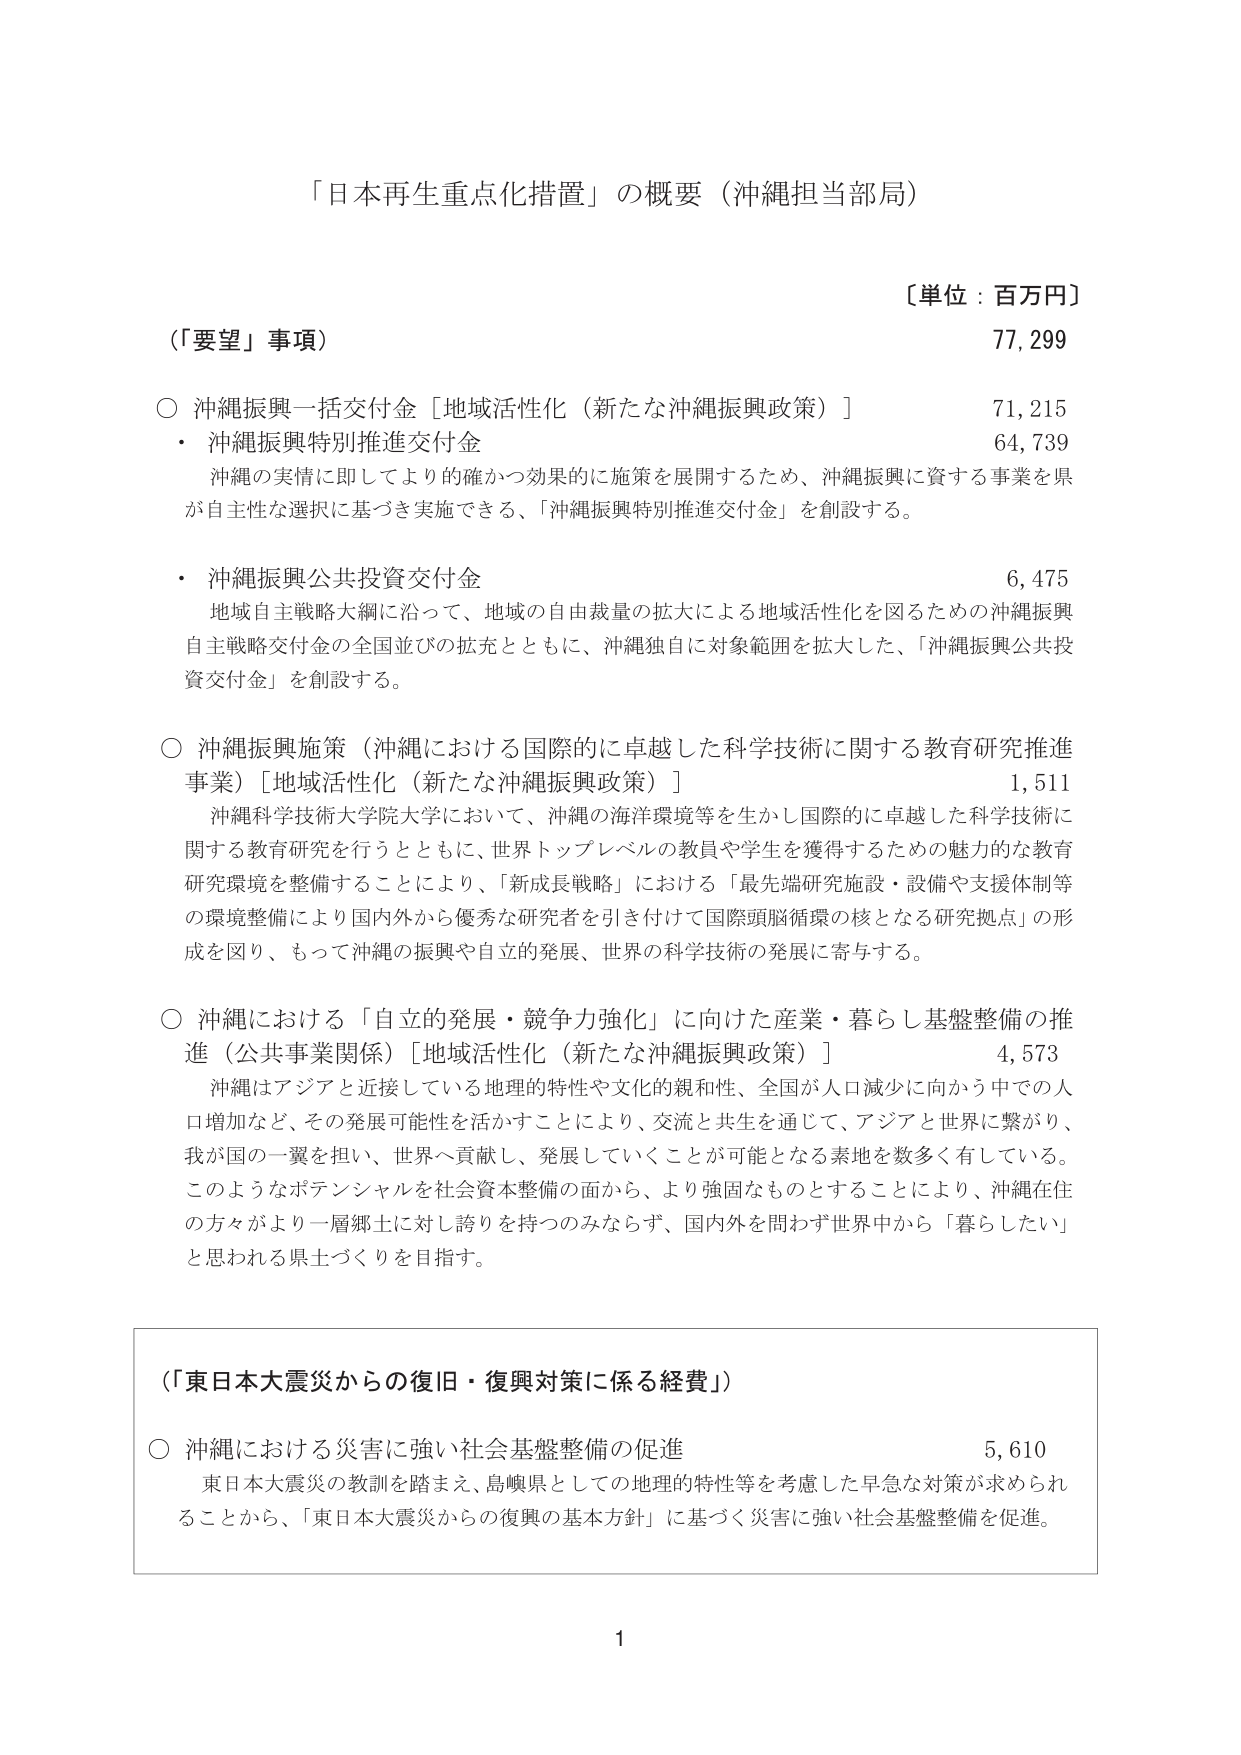
「日本再生重点化措置」の概要（沖縄担当部局）

〔単位：百万円〕

（「要望」事項） 77,299

○ 沖縄振興一括交付金［地域活性化（新たな沖縄振興政策）］ 71,215
・ 沖縄振興特別推進交付金 64,739
　沖縄の実情に即してより的確かつ効果的に施策を展開するため、沖縄振興に資する事業を県が自主性な選択に基づき実施できる、「沖縄振興特別推進交付金」を創設する。

・ 沖縄振興公共投資交付金 6,475
　地域自主戦略大綱に沿って、地域の自由裁量の拡大による地域活性化を図るための沖縄振興自主戦略交付金の全国並びの拡充とともに、沖縄独自に対象範囲を拡大した、「沖縄振興公共投資交付金」を創設する。

○ 沖縄振興施策（沖縄における国際的に卓越した科学技術に関する教育研究推進事業）［地域活性化（新たな沖縄振興政策）］ 1,511
　沖縄科学技術大学院大学において、沖縄の海洋環境等を生かし国際的に卓越した科学技術に関する教育研究を行うとともに、世界トップレベルの教員や学生を獲得するための魅力的な教育研究環境を整備することにより、「新成長戦略」における「最先端研究施設・設備や支援体制等の環境整備により国内外から優秀な研究者を引き付けて国際頭脳循環の核となる研究拠点」の形成を図り、もって沖縄の振興や自立的発展、世界の科学技術の発展に寄与する。

○ 沖縄における「自立的発展・競争力強化」に向けた産業・暮らし基盤整備の推進（公共事業関係）［地域活性化（新たな沖縄振興政策）］ 4,573
　沖縄はアジアと近接している地理的特性や文化的親和性、全国が人口減少に向かう中での人口増加など、その発展可能性を活かすことにより、交流と共生を通じて、アジアと世界に繋がり、我が国の一翼を担い、世界へ貢献し、発展していくことが可能となる素地を数多く有している。このようなポテンシャルを社会資本整備の面から、より強固なものとすることにより、沖縄在住の方々がより一層郷土に対し誇りを持つのみならず、国内外を問わず世界中から「暮らしたい」と思われる県土づくりを目指す。

（「東日本大震災からの復旧・復興対策に係る経費」）

○ 沖縄における災害に強い社会基盤整備の促進 5,610
　東日本大震災の教訓を踏まえ、島嶼県としての地理的特性等を考慮した早急な対策が求められることから、「東日本大震災からの復興の基本方針」に基づく災害に強い社会基盤整備を促進。

1